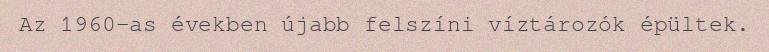
Az 1960-as években újabb felszíni víztározók épültek.